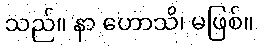
သည်။ နာ ဟောသိ၊ မဖြစ်။